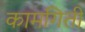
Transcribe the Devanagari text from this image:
कामगिती